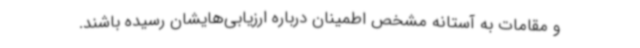
و مقامات به آستانه مشخص اطمینان درباره ارزیابی‌هایشان رسیده باشند.